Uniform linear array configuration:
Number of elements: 12
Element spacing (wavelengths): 0.25
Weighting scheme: kaiser
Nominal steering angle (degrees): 0
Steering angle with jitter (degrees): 1.606
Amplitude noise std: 0.05
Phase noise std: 0.05

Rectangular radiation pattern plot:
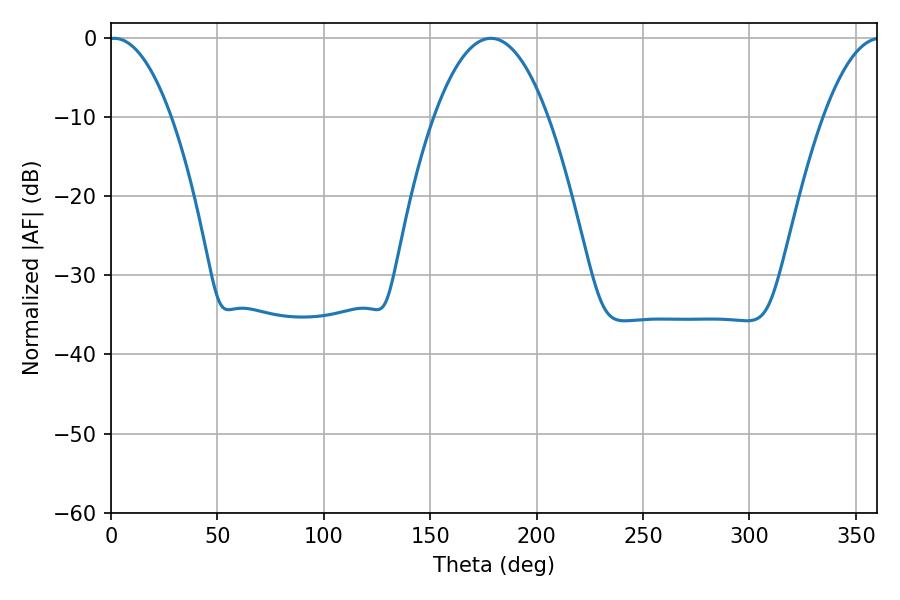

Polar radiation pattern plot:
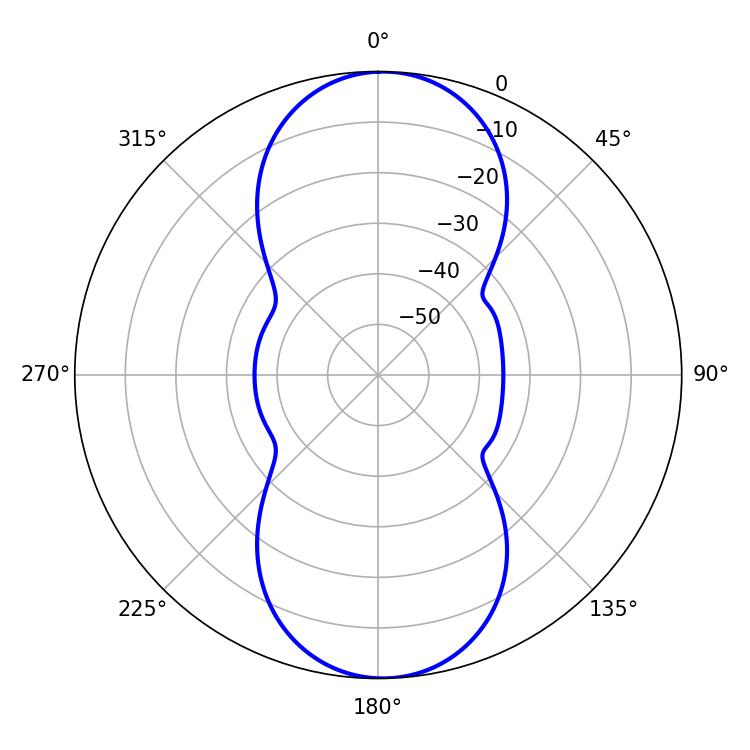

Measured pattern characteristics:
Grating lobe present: FALSE
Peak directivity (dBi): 18.642
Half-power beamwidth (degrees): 16.2
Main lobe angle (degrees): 1.44